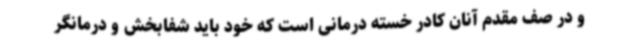
و در صف مقدم آنان کادر خسته درمانی است که خود باید شفابخش و درمانگر